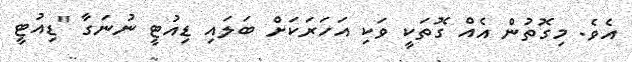
އެވެ. މިގޮތުން އެއް ގޮތަކީ ވަކި އަހަރަކަށް ބަލައި ޑިއުޓީ ނުނަގާ "ޑިއުޓީ